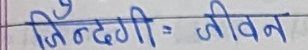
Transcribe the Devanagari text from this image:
जिंदगी = जीवन